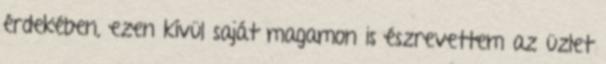
érdekében, ezen kívül saját magamon is észrevettem az üzlet